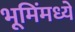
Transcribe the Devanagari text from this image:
भूमिंमध्ये